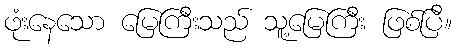
ဖုံးနေသော မြေကြီးသည် သူ့မြေကြီး ဖြစ်ပြီ။